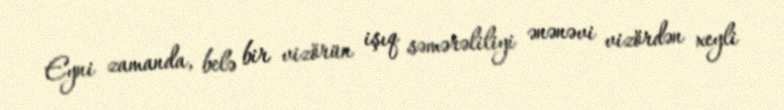
Eyni zamanda, belə bir vizörün işıq səmərəliliyi ənənəvi vizördən xeyli